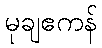
မုချဧကန်